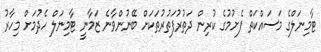
ޓާމިނަލްގެ މަސައްކަތް ފެށުމުގެ ކުރިން ދަތުރުފަތުރުތަކަށް ބޭނުންވާނެ ޒަމާނީ ޓާމިނަލް ހެދުމަށް މިހާރު